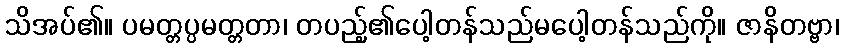
သိအပ်၏။ ပမတ္တပ္ပမတ္တတာ၊ တပည့်၏ပေါ့တန်သည်မပေါ့တန်သည်ကို။ ဇာနိတဗ္ဗာ၊